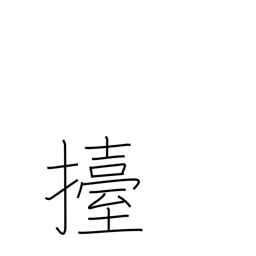
Meaning: lift